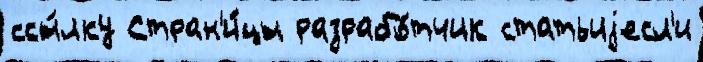
ссы́лку Стран'и́цы разрабо́тчик статьиjесл'и